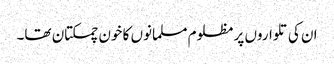
ان کی تلواروں پر مظلوم مسلمانوں کا خون چمکتان تھا۔